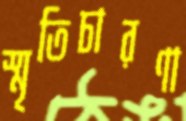
স্মৃতিচারণা